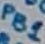
Text: PB1